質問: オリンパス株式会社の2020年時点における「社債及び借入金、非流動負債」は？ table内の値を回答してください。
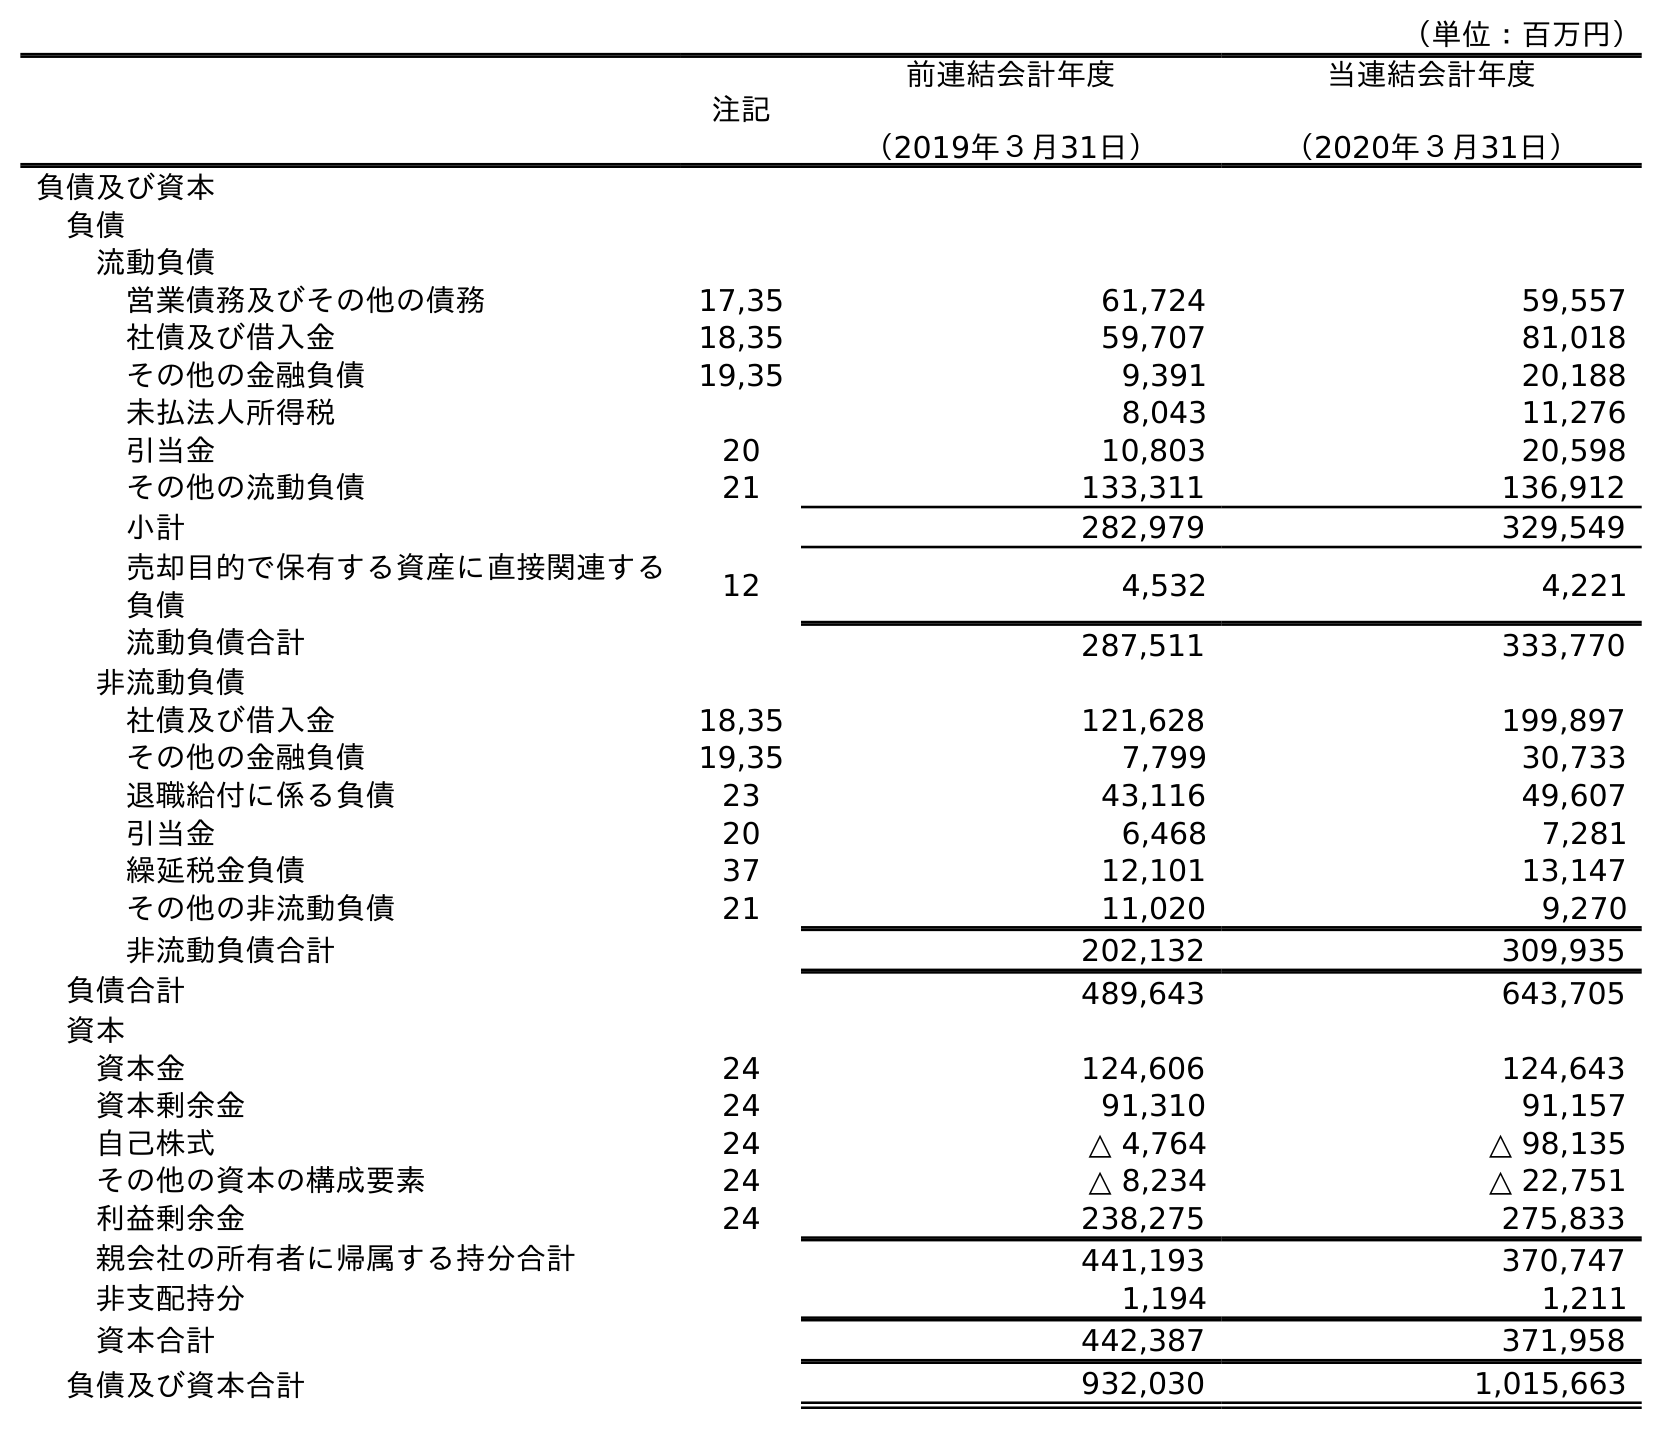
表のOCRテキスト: （単位：百万円） 注記 前連結会計年度 （2019年３月31日） 当連結会計年度 （2020年３月31日） 負債及び資本 負債 流動負債 営業債務及びその他の債務 17,35 61,724 59,557 社債及び借入金 18,35 59,707 81,018 その他の金融負債 19,35 9,391 20,188 未払法人所得税 8,043 11,276 引当金 20 10,803 20,598 その他の流動負債 21 133,311 136,912 小計 282,979 329,549 売却目的で保有する資産に直接関連する 負債 12 4,532 4,221 流動負債合計 287,511 333,770 非流動負債 社債及び借入金 18,35 121,628 199,897 その他の金融負債 19,35 7,799 30,733 退職給付に係る負債 23 43,116 49,607 引当金 20 6,468 7,281 繰延税金負債 37 12,101 13,147 その他の非流動負債 21 11,020 9,270 非流動負債合計 202,132 309,935 負債合計 489,643 643,705 資本 資本金 24 124,606 124,643 資本剰余金 24 91,310 91,157 自己株式 24 △ 4,764 △ 98,135 その他の資本の構成要素 24 △ 8,234 △ 22,751 利益剰余金 24 238,275 275,833 親会社の所有者に帰属する持分合計 441,193 370,747 非支配持分 1,194 1,211 資本合計 442,387 371,958 負債及び資本合計 932,030 1,015,663
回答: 199,897